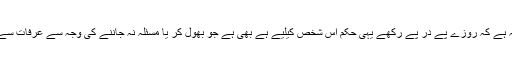
احوط اولی یہ ہے کہ روزے پے در پے رکھے یہی حکم اس شخص کیلیے ہے بھی ہے جو بھول کر یا مسئلہ نہ جاننے کی وجہ سے عرفات سے باہر نکلے۔